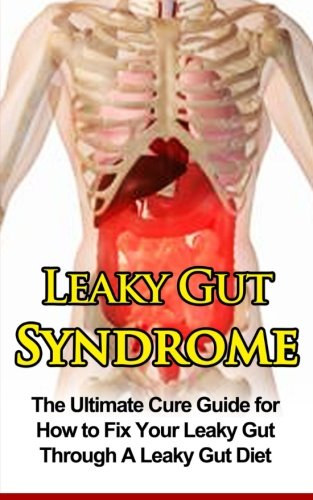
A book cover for Leaky Gut Syndrome: The Ultimate Cure Guide for How to Fix Your Leaky Gut Through A Leaky Gut Diet (Leaky Gut Syndrome, Leaky Gut Diet); Wade Migan; Health, Fitness & Dieting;